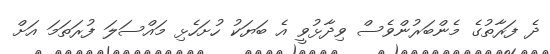
ދެ ފަރާތުގެ މެންބަރުންވެސް ވިދާޅުވީ އެ ބަޔަކު ހުށަހެޅި މައްސަލަ ފުރަތަމަ އަށް